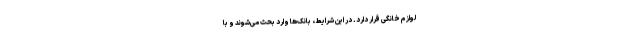
لوازم خانگی قرار دارد. در این شرایط، بانک‌ها وارد بحث می‌شوند و با